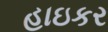
હાઇકર